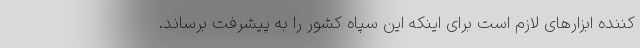
کننده ابزارهای لازم است برای اینکه این سپاه کشور را به پیشرفت برساند.